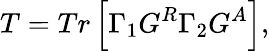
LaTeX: T=Tr\left[\Gamma_{1}G^{R}\Gamma_{2}G^{A}\right],